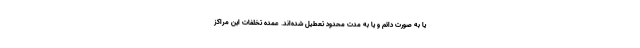
یا به صورت دائم و یا به مدت محدود تعطیل شده‌اند. عمده تخلفات این مراکز